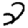
Digit: 2